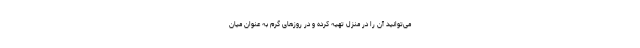
می‌توانید آن را در منزل تهیه کرده و در روز‌های گرم به عنوان میان